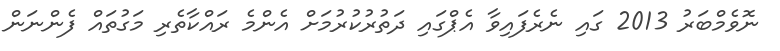
ނޮވެމްބަރު 2013 ގައި ނެރެފައިވާ އެޕްގައި ދަތުރުކުރުމަށް އެންމެ ރައްކާތެރި މަގުތައް ފެންނަން